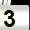
Digit: 3